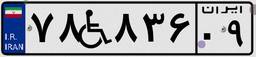
۷۸W۸۳۶۰۹